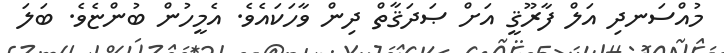
މުއްސަނދި އަލް ފާރޫޤީ އަށް ޞަދަޤާތް ދިން ވާހަކައެވެ. އެމީހުން ބުންޏެވެ. ބަލަ